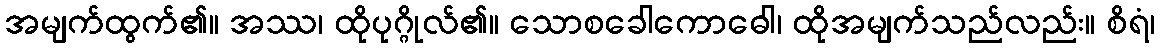
အမျက်ထွက်၏။ အဿ၊ ထိုပုဂ္ဂိုလ်၏။ သောစခေါကောဓေါ၊ ထိုအမျက်သည်လည်း။ စိရံ၊